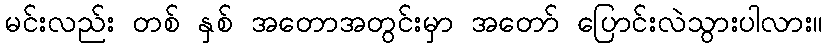
မင်းလည်း တစ် နှစ် အတောအတွင်းမှာ အတော် ပြောင်းလဲသွားပါလား။